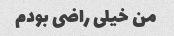
من خیلی راضی بودم